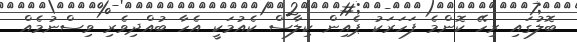
ބޮލުގައި ރިހޭ ކޮންމެ ފަހަރަކު ޕެއިން ކިލާސް ކެއުމަކީ އެހާ ބުއްދިވެރި ވިސްނުމެއް